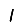
Digit: 1